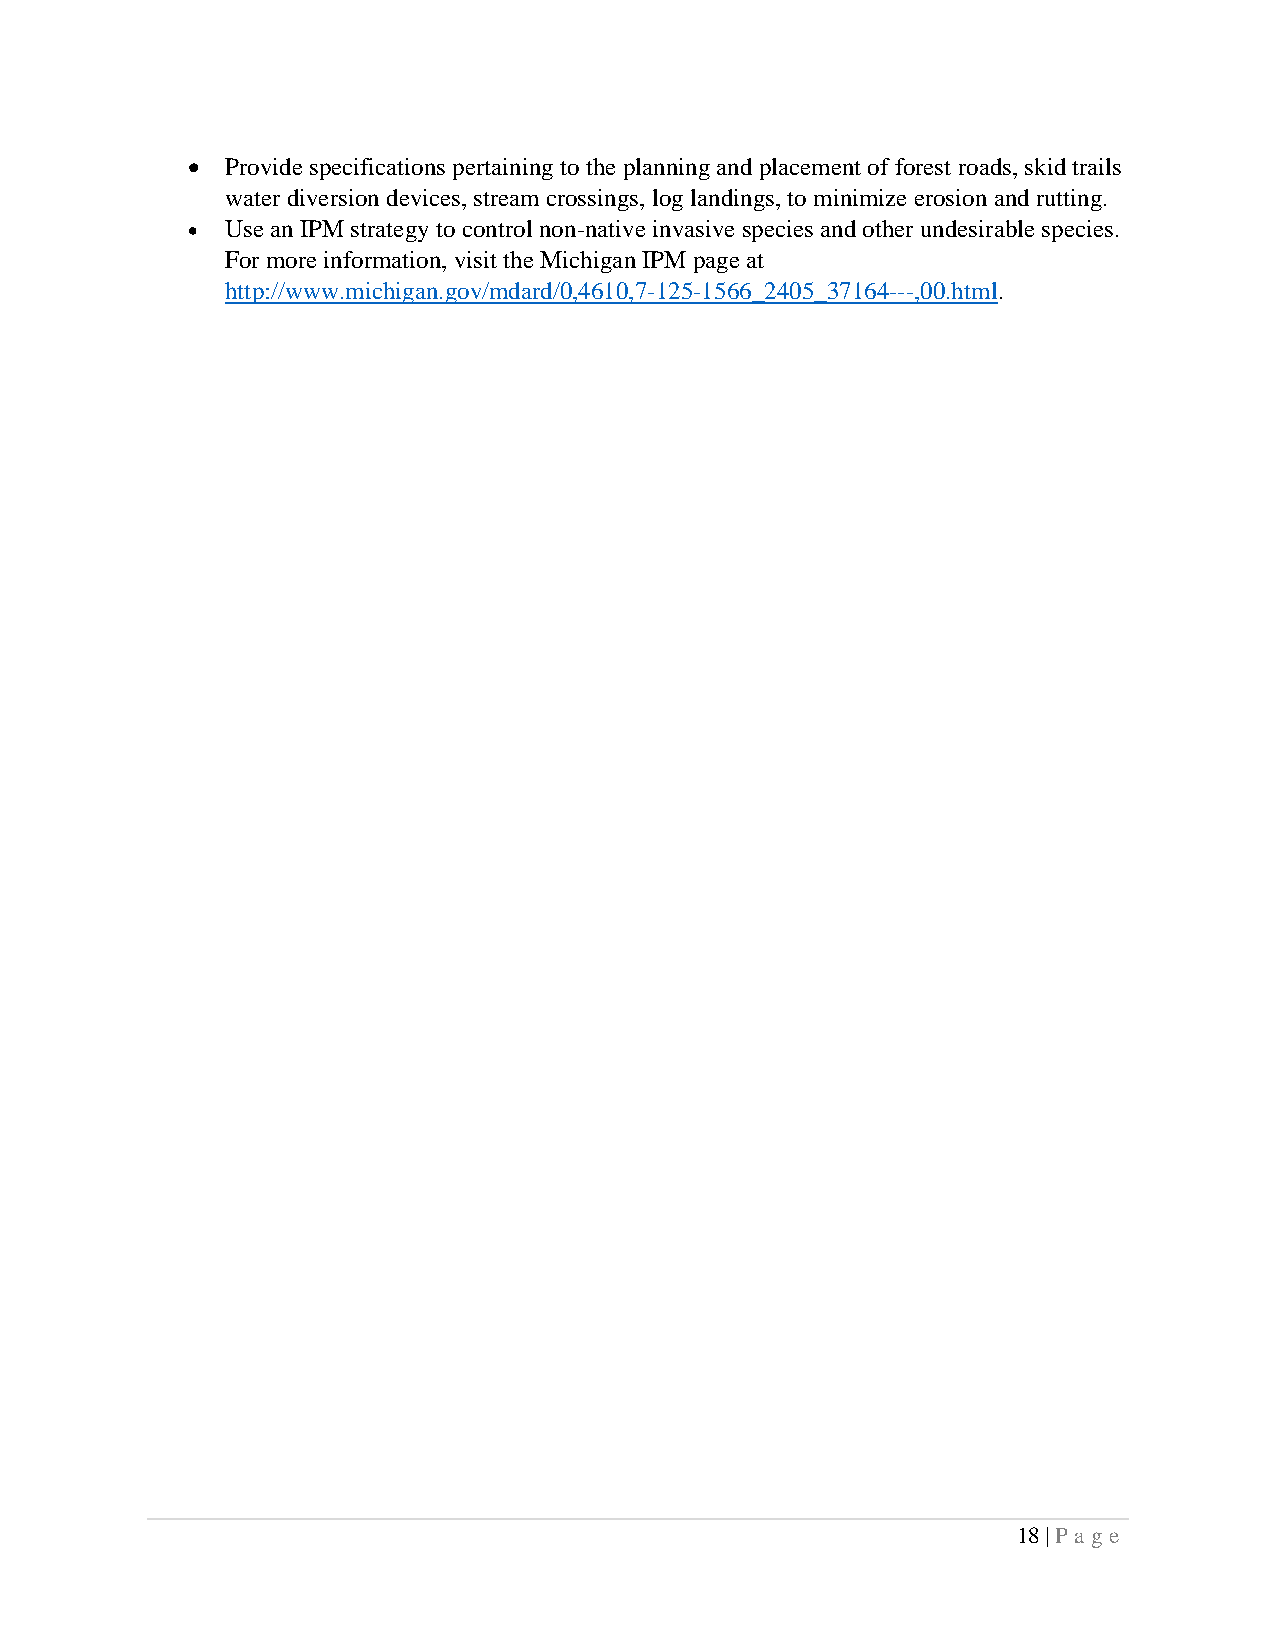
•  Provide specifications pertaining to the planning and placement of forest roads, skid trails
 water diversion devices, stream crossings, log landings, to minimize erosion and rutting.
 •  Use an IPM strategy to control non-native invasive species and other undesirable species.
 For more information, visit the Michigan IPM page at
 http://www.michigan.gov/mdard/0,4610,7-125-1566_2405_37164---,00.html.
 18 | Pa ge